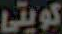
كويتي